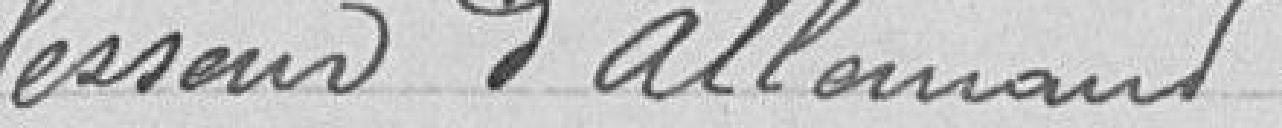
Professeur d’allemand.